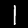
Digit: 1